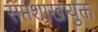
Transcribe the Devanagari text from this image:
सप्तशाखायुक्त